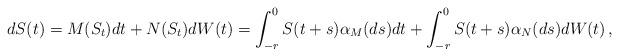
LaTeX: \begin{align*}dS(t) = M(S_t) dt + N(S_t) dW(t) = \int_{-r}^0 S(t+s) \alpha_M(d s) dt +\int_{-r}^0 S(t+s) \alpha_N(d s) dW(t)\, ,\end{align*}